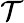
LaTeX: \mathcal{T}